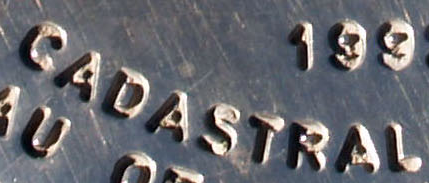
CADASTRAL